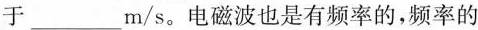
于___m/s。电磁波也是有频率的，频率的